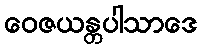
ဝေဇယန္တပါသာဒေ